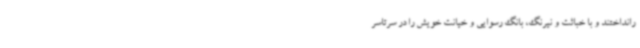
رانداختند و با خباثت و نیرنگ، بانگ رسوایی و خیانت خویش را در سرتاسر